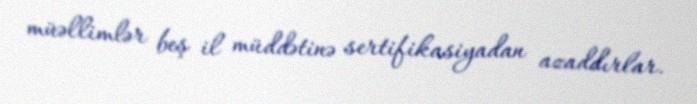
müəllimlər beş il müddətinə sertifikasiyadan azaddırlar.